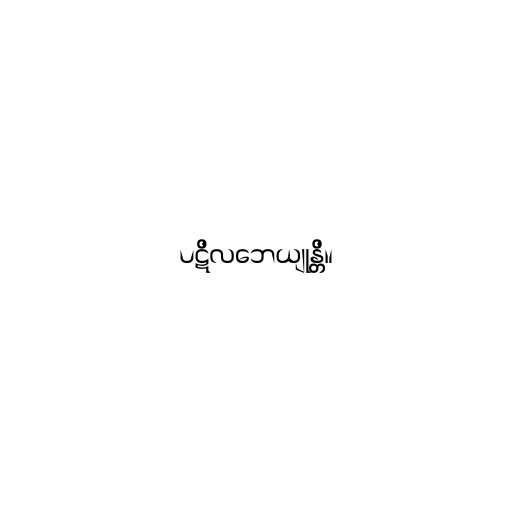
ပဋိလဘေယျုန္တိ။